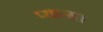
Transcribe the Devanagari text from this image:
प्याला।